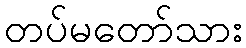
တပ်မတော်သား